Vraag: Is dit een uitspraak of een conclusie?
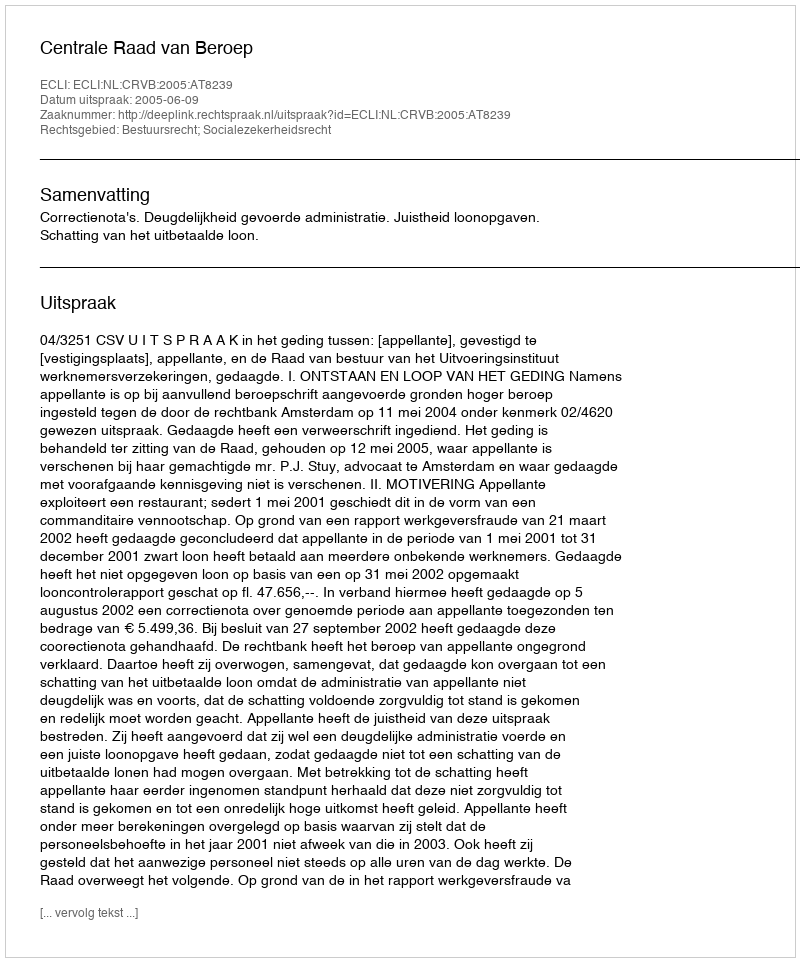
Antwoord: Uitspraak